Medical and sanitary report of the native army of Bengal for the year
Year: 1874
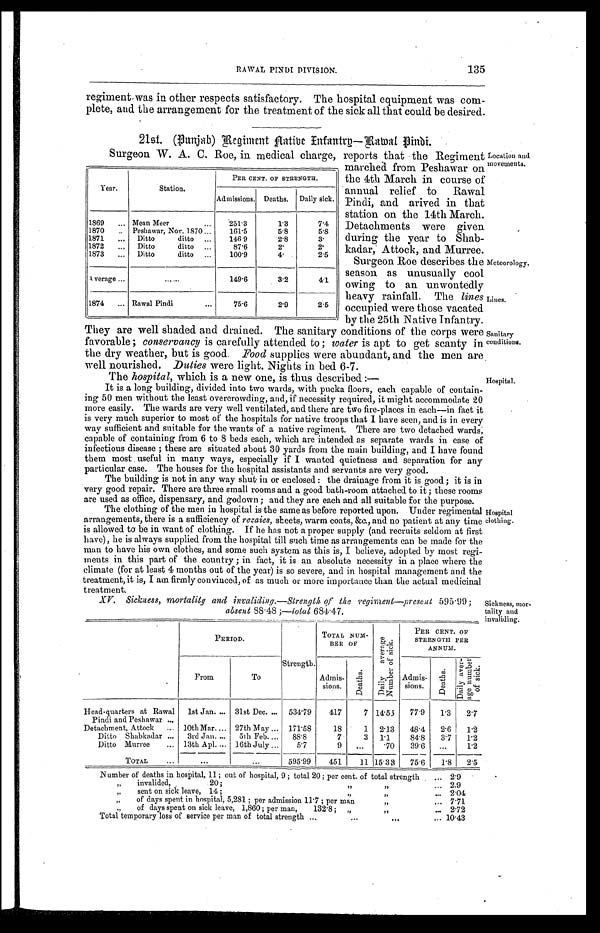
135
RAWAL PINDI DIVISION.
regiment was in other respects satisfactory. The hospital equipment was com
-plete, and the arrangement for the treatment of the sick all that could be desired.
21st. (Punjab) Regiment
Native Infantry—Rawal Pindi.
Surgeon W. A. C. Roe, in medical charge, reports that the Regiment
marched from Peshawar on
the 4th March in course of
annual relief to Rawal
Pindi, and arived in that
station on the 14th March.
Detachments were given
during the year to Shab
-kadar, Attock, and Murree.
Surgeon Roe describes the
season as unusually cool
owing to an unwontedly
heavy rainfall. The lines
occupied were those vacate
d b y t h e 2 5 t h N a t i v e I n f a n t r y .
They are well shaded and drained. The sanitary conditions of the corps were
favorable; conservancy is carefully attended to; water is apt to get scanty in
the dry weather, but is good. Food supplies were abundant, and the men are
well nourished. Duties were light. Nights in bed 6-7.
Year.
Station.
PER CENT. OF STRENGTH.
Admissions. Deaths.
Daily sick.
1869 . . . Mean Meer . . .
251.3
1.3
7.4
1870 . . . Peshawar, Nov. 1870 . . .
161.5
5.8
5.8
1871 . . .
Ditto ditto . . .
146.9
2.8
3.
1872 . . .
Ditto ditto . . .
87.6
2.
2 .
1873 . . .
Ditto ditto . . .
100.9
4.
2.5
Average . . .
. . .
149.6
3.2
4.1
1874 . . . Rawal Pindi . . .
75.6
2.9
2.5
Location and
movements.
Meteorology.
Lines.
Sanitary
conditions.
The hospital , which is a new one, is thus described:—
Hospital.
It is a long building, divided into two, wards, with pucka floors, each capable of contain
-ing 50 men without the least overcrowding, and, if necessity required, it might accommodate 20
more easily. The wards are very well ventilated, and there are two fire-places in each—in fact it
is very much superior to most of the hospitals for native troops that I have seen, and is in every
way sufficient and suitable for the wants of a native regiment. There are two detached wards,
capable of containing from 6 to 8 beds each, which are intended as separate wards in case of
infectious disease; these are situated about 30 yards from the main building, and I have found
them most useful in many ways, especially if I wanted quietness and separation for any
particular case. The houses for the hospital assistants and servants are very good.
The building is not in any way shut in or enclosed: the drainage from it is good; it is in
very good repair. There are three small rooms and a good bath-room attached to it; these rooms
are used as office, dispensary, and godown; and they are each and all suitable for the purpose.
The clothing of the men in hospital is the same as before reported upon. Under regimental
arrangements, there is a sufficiency of rezaies, sheets, warm coats, &c., and no patient at any time
is allowed to be in want of clothing. If he has not a proper supply (and recruits seldom at first
have), he is always supplied from the hospital till such time as arrangements can be made for the
man to have his own clothes, and some such system as this is, I believe, adopted by most regi
-ments in this part of the country; in fact, it is an absolute necessity in a place where the
climate (for at least 4 months out of the year) is so severe, and in hospital management and the
treatment, it is, I am firmly convinced, of as much or more importance than the actual medicinal
treatment.
XV. Sickness , mortality and invaliding .— Strength of the regiment—present 595.99;
absent 88.48;—total 684.47.
P E R I O D .
Strength.
TOTAL NUM-
BER OF
D a i l y a v e r a g e N u mb e r o f s i c k .
PER CENT. OF
STRENGTH PER
ANNUM.
From
To
Admis-
sions.
D e a t h s .
Admis-
sions.
D e a t h s .
D a i l y a v e r - a g e n u m b e r o f s i c k .
Head-quarters at Rawal
Pindi and Peshawar . . .
1st Jan. . . .
31st Dec. . . . 534.79
417
7 14.55
77.9
1.3
2.7
Detachment, Attock . . .
10th Mar. . . . 27th May . . . 171.58
18
1
2.13
48.4
2.6
1.2
Ditto Shabkadar . . .
3rd Jan. . . . 5th Feb. . . .
88.8
7
3
1.1
84.8
3.7
1.2
Ditto Murree . . .
13th Apl. . . .
16th July . . .
5.7
9
. . .
. 7 0 39.6
. . .
1.2
TOTAL . . .
. . .
. . .
595.99
451
11 15.3 3
75.6
1 . 8
2.5
Number of deaths in hospital, 11; out of hospital, 9; total 20; per cent. of total strength . . .
2.9
" i n v a l i d e d , . 2 0 ; " " . . .
2.9
" sent on sick leave, 14; " " . . .
2.04
" of days spent in hospital, 5,281; per admission 11.7; per man " . . .
7.71
" of days spent on sick leave, 1,860; per man, 132.8; " " . . .
2.72
Total temporary loss of service per man of total strength . . . 10.43
Hospital
clothing.
Sickness, mor
-tality and
invaliding.